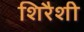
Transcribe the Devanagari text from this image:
शिरैशी